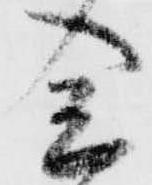
念